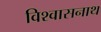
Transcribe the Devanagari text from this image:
विश्वासनाथ